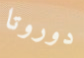
دوروتا